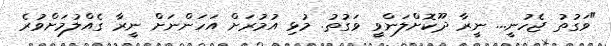
"ވަގުތު ޖެހުނީ... ނީރާ ދޫކޮށްލަންވީ ވަގުތު. މުޅި އުމުރަށް އަހަންނަށް ނީރާ ގެއްލުމަށްވުރެ